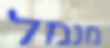
מנמל